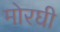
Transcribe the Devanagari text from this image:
मोरघी